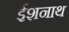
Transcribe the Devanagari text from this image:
ईशनाथ